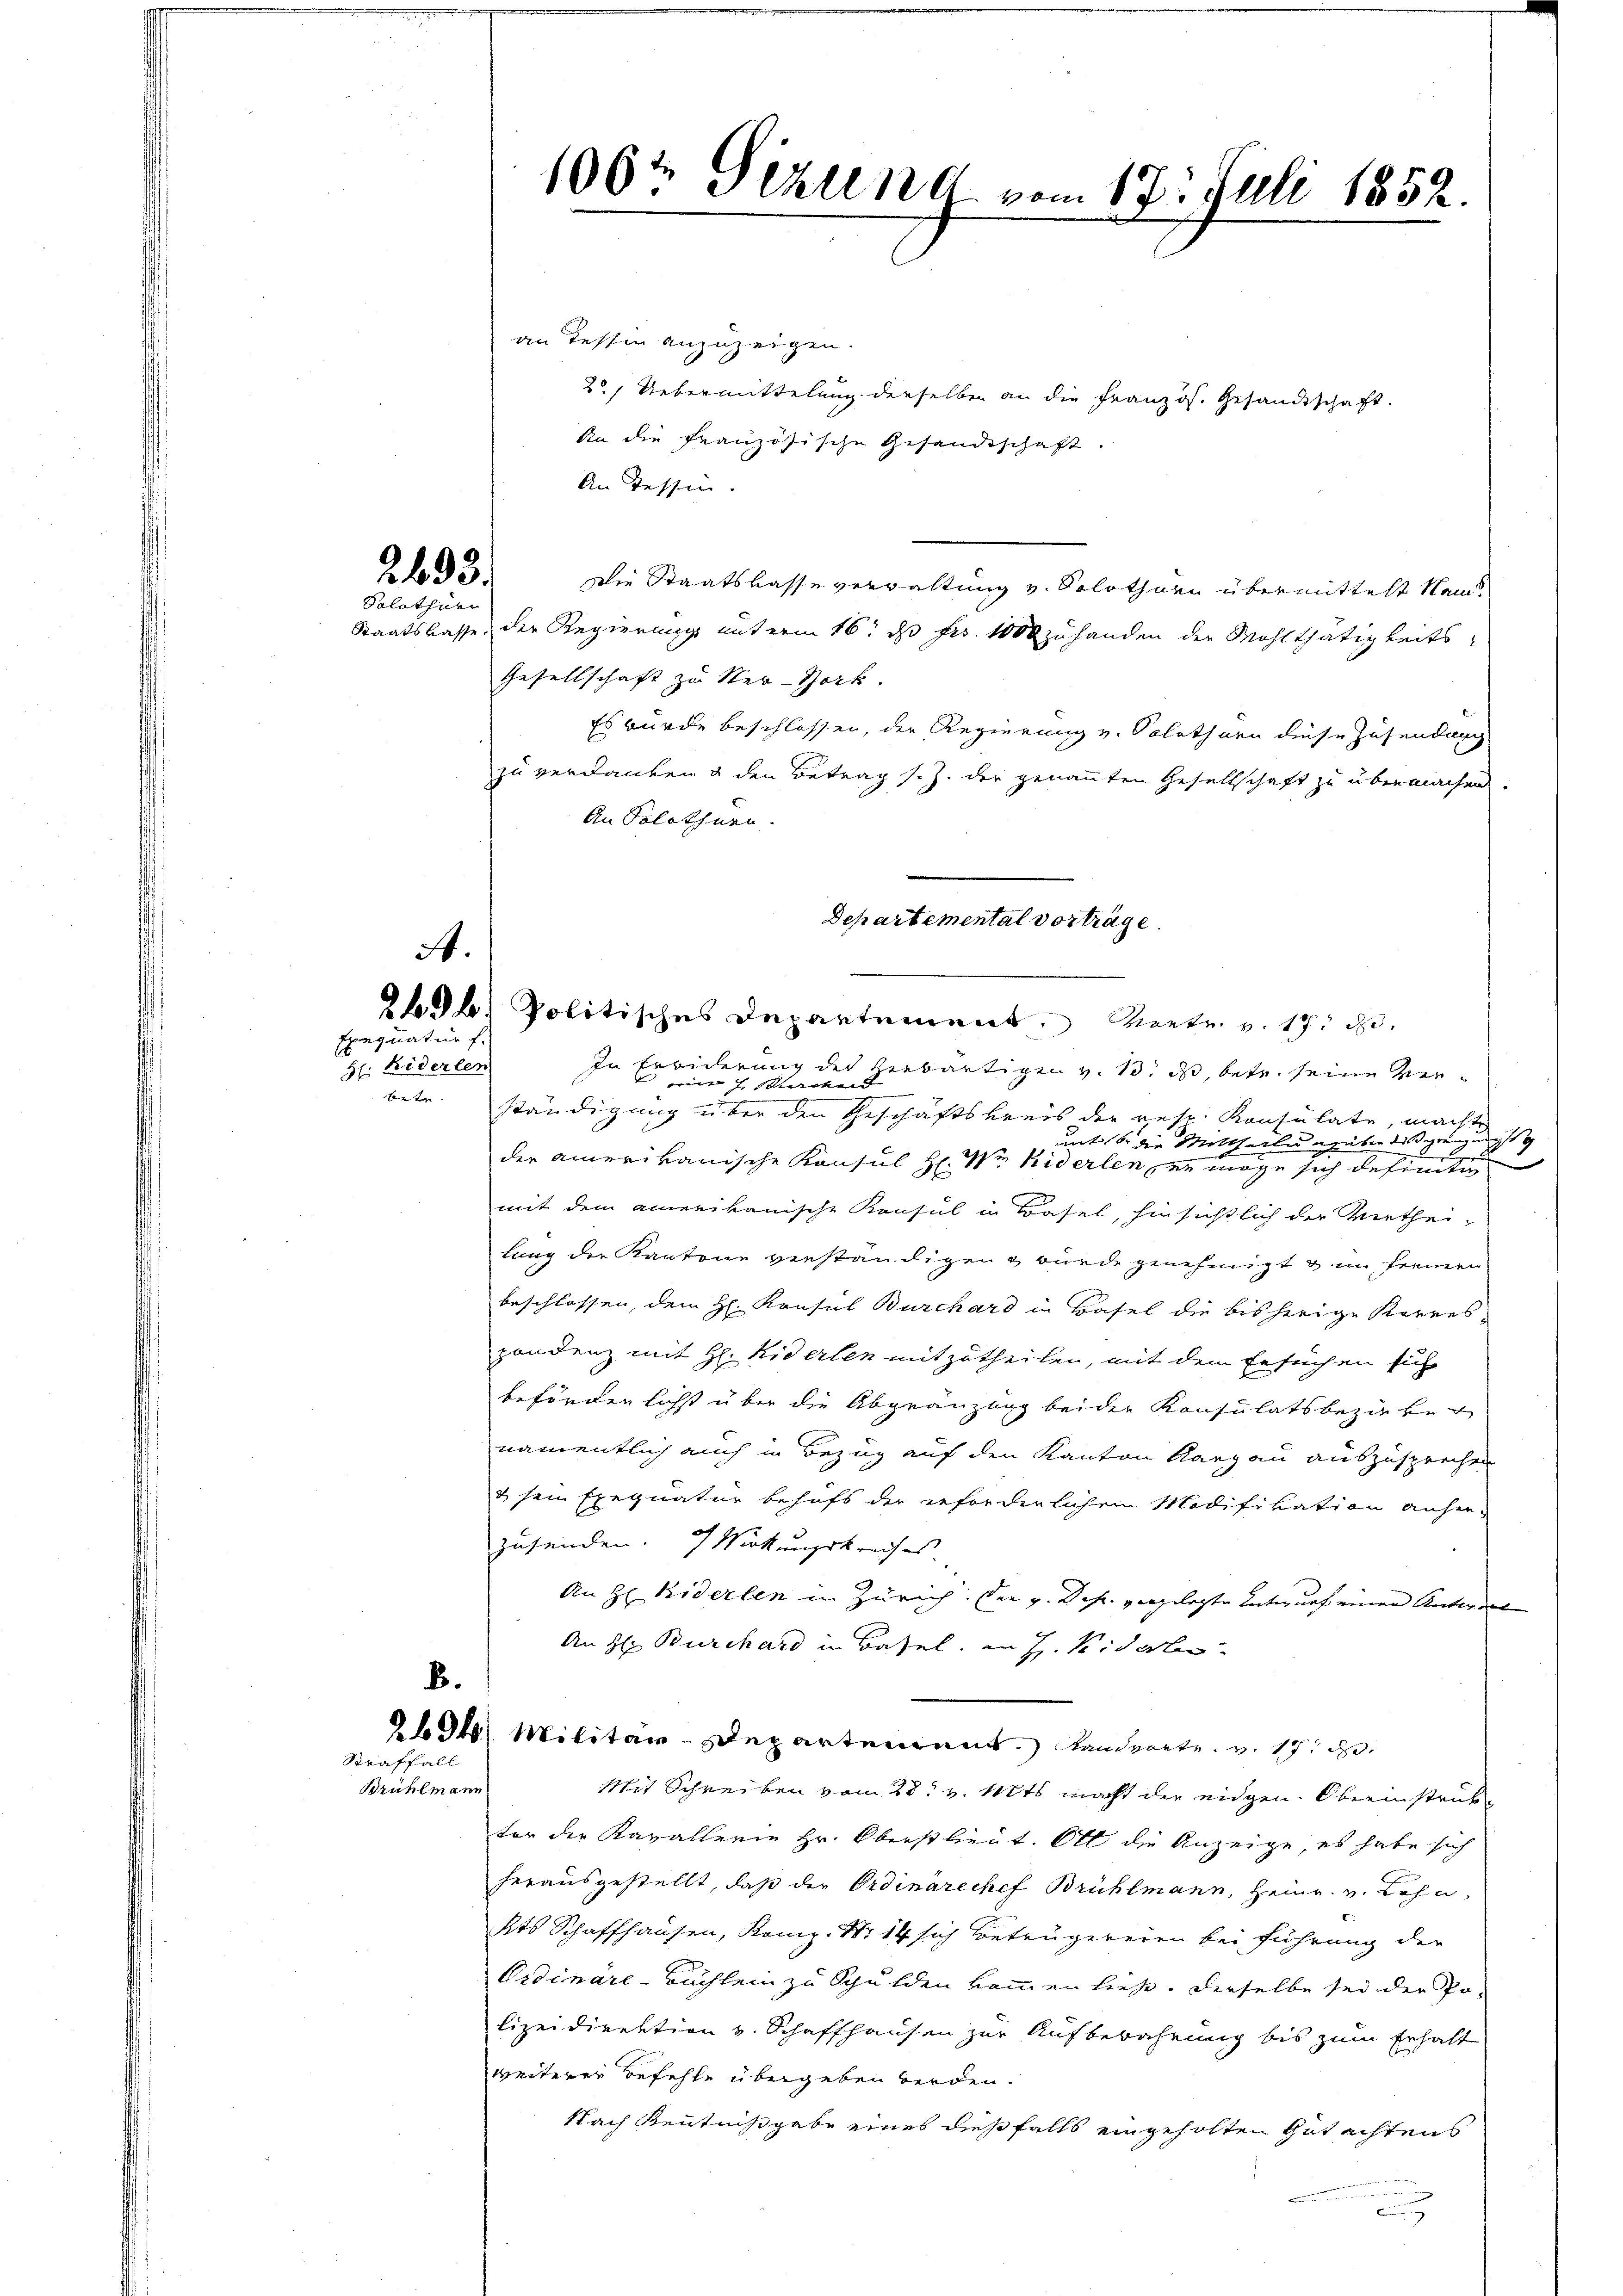
2493.
Solothur

St.
Exequatur f.

H: Biderlen

B.
Straffall
Brühlmann

1062 Sizung vom 17. Juli 1852.

an Tessin anzuzeigen.
2.) Uebermittelung derselben an die Französ. Gesandtschaft.
An die französische Gesandtschaft.
An Tessin.
Die Staatskasse verwaltung v. Solothurn übermittelt kam.
Staatslasse, der Regierung unterm 16t ds Fr. 1000 zu handen der Mohlthätigkeits¬
Gesellschaft zu Neu-York
Es wurde beschlossen, der Regierung v. Solothurn diese Zusendung
zu verdanken & den Betrag s. Z. der genannten Gesellschaft zu übermachen.
An Solothurn.
In Erbiderung der zerbartigen v. 10. ds, betr. seine Vermistirend
betr. ständigung über den Geschäftskreis der rese Konsulate, machte
mit die Mittheile über das grenzungs
der amerikanische Konsul H: Wie widerlen zur möge sich definiti
mit dem amerikanische Konsul in Basel, hinsichtlich der Verthei-
lung der Kantone verständigen & würde genehmigt & im Fremen
beschlossen, dem H. Konsul Burchard in Basel die bisherige Korres
pondenz mit H. Niderlen mitzutheilen, mit dem Ersuchen sich
beförden lichst über die Abgränzung bei der Konsulatsbezirken
namentlich auch in Bezug auf den Kanton Aargau auszusprechen
& sein Exequatur behufs der erforderlichen Modifikation anherzusenden. Wirkungsbraches
An H Kiderlen in Zürich. Den v. Joh. vergelegte Entwurf einen Antwort |
An Hr Burchard in Basel, an H. Vierte
263. Militar-Departement. Landvorte. v. 17. d.
Mit Schreiben vom 28t v. Mts. macht der eidgen. Oberinstrub
tor der Kavallerie Hr. Oberstlieut. Ott die Anzeige, es habe sich
herausgestellt, daß der Ordinarechef Brühlmann, Heinr. v. Lehn
Kts Schaffhausen, Komp. Nr. 14 sich betrügereren bei führung der
Ordinare-Buchlein zu Schulden kommen ließe. Derselbe sei der Polizeidirektion v. Schaffhausen zur Aufbewahrung bis zum Erhalt
weiterer Befehle übergeben werden.
Nach Kenntnißgabe eines dießfalls eingeholten Gutachtens
u

Departemental vorträge
29b. Politisches Departement. Meetr. v. 17. d.